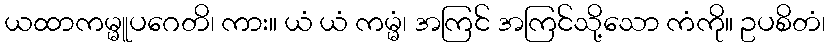
ယထာကမ္မူပဂေတိ၊ ကား။ ယံ ယံ ကမ္မံ၊ အကြင် အကြင်သို့သော ကံကို။ ဥပစိတံ၊